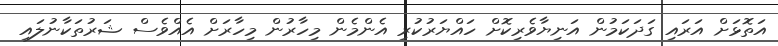
އަތޮޅަށް އަރައި ގަދަކަމުން އަނިޔާވެރިކޮށް ހައްޔަރުކުރި އެންމެން މިހާރުން މިހާރަށް އެއްވެސް ޝަރުތަކާނުލައި